Note on the mental hospitals in Burma - 1925-1940
Year: 1925
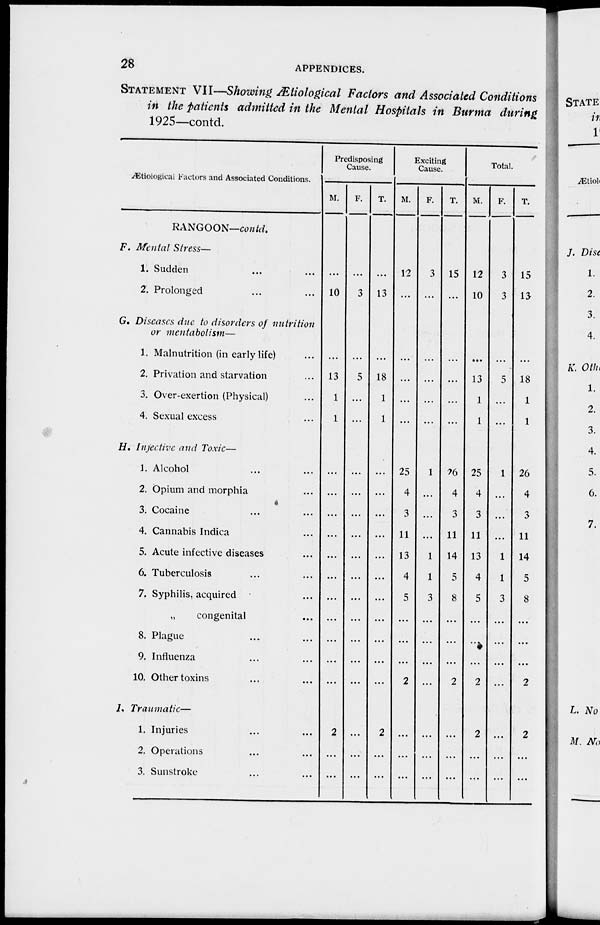
28
APPENDICES.
STATEMENT VII—Showing Ætiological Factors and Associated Conditions
in the patients admitted in the Mental Hospitals in Burma during
1925—contd.
Ætiological Factors and Associated Conditions.
RANGOON—contd.
F. Mental Stress—
1. Sudden ... ...
2. Prolonged ... ...
G. Diseases due to disorders of nutrition
or mentabolism—
1. Malnutrition (in early life) ...
2. Privation and starvation ...
3. Over-exertion (Physical) ...
4. Sexual excess ...
H. Infective and Toxic—
1. Alcohol ... ...
2. Opium and morphia ...
3. Cocaine ... ...
4. Cannabis Indica ...
5. Acute infective diseases ...
6. Tuberculosis ... ...
7. Syphilis, acquired ...
„
congenital ...
8. Plague ... ...
9. Influenza ... ...
10. Other toxins ... ...
I. Traumatic—
1. Injuries ... ...
2. Operations ... ...
3. Sunstroke ... ...
Predisposing
Cause.
M.
...
10
...
13
1
1
...
...
...
...
...
...
...
...
...
...
...
2
...
...
F.
...
3
...
5
...
...
...
...
...
...
...
...
...
...
...
...
...
...
...
...
T.
...
13
...
18
1
1
...
...
...
...
...
...
...
...
...
...
...
2
...
...
Exciting
Cause.
M.
12
...
...
...
...
...
25
4
3
11
13
4
5
...
...
...
2
...
...
...
F.
3
...
...
...
...
...
1
...
...
...
1
1
3
...
...
...
...
...
...
...
T.
15
...
...
...
...
...
26
4
3
11
14
5
8
...
...
...
2
...
...
...
Total.
M.
12
10
...
13
1
1
25
4
3
11
13
4
5
...
...
...
2
2
...
...
F.
3
3
...
5
...
...
1
...
...
...
1
1
3
...
...
...
...
...
...
...
T.
15
13
...
18
1
1
26
4
3
11
14
5
8
...
...
...
2
2
...
...